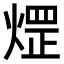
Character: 𤌗